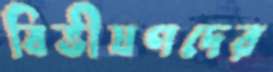
বিভীষণদের